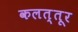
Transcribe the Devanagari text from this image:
कलत्तूर